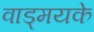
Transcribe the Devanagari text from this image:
वाड्मयके